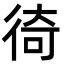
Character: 徛